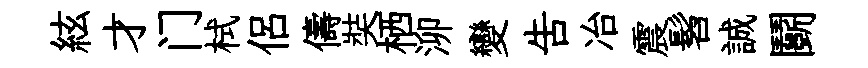
絃才门栻侣儔奘栖泖變吿冶震髫誠鬬